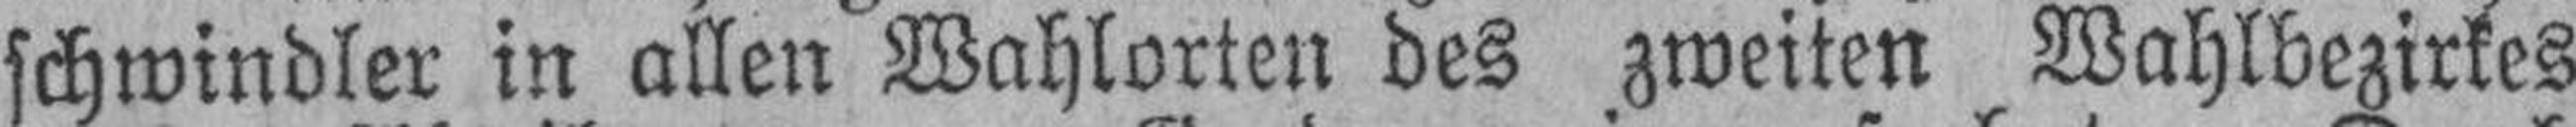
schwindler in allen Wahlorten des zweiten Wahlbezirkes